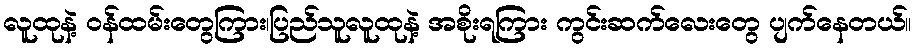
လူထုနဲ့ ဝန်ထမ်းတွေကြား၊ပြည်သူလူထုနဲ့ အစိုးရကြား ကွင်းဆက်လေးတွေ ပျက်နေတယ်။